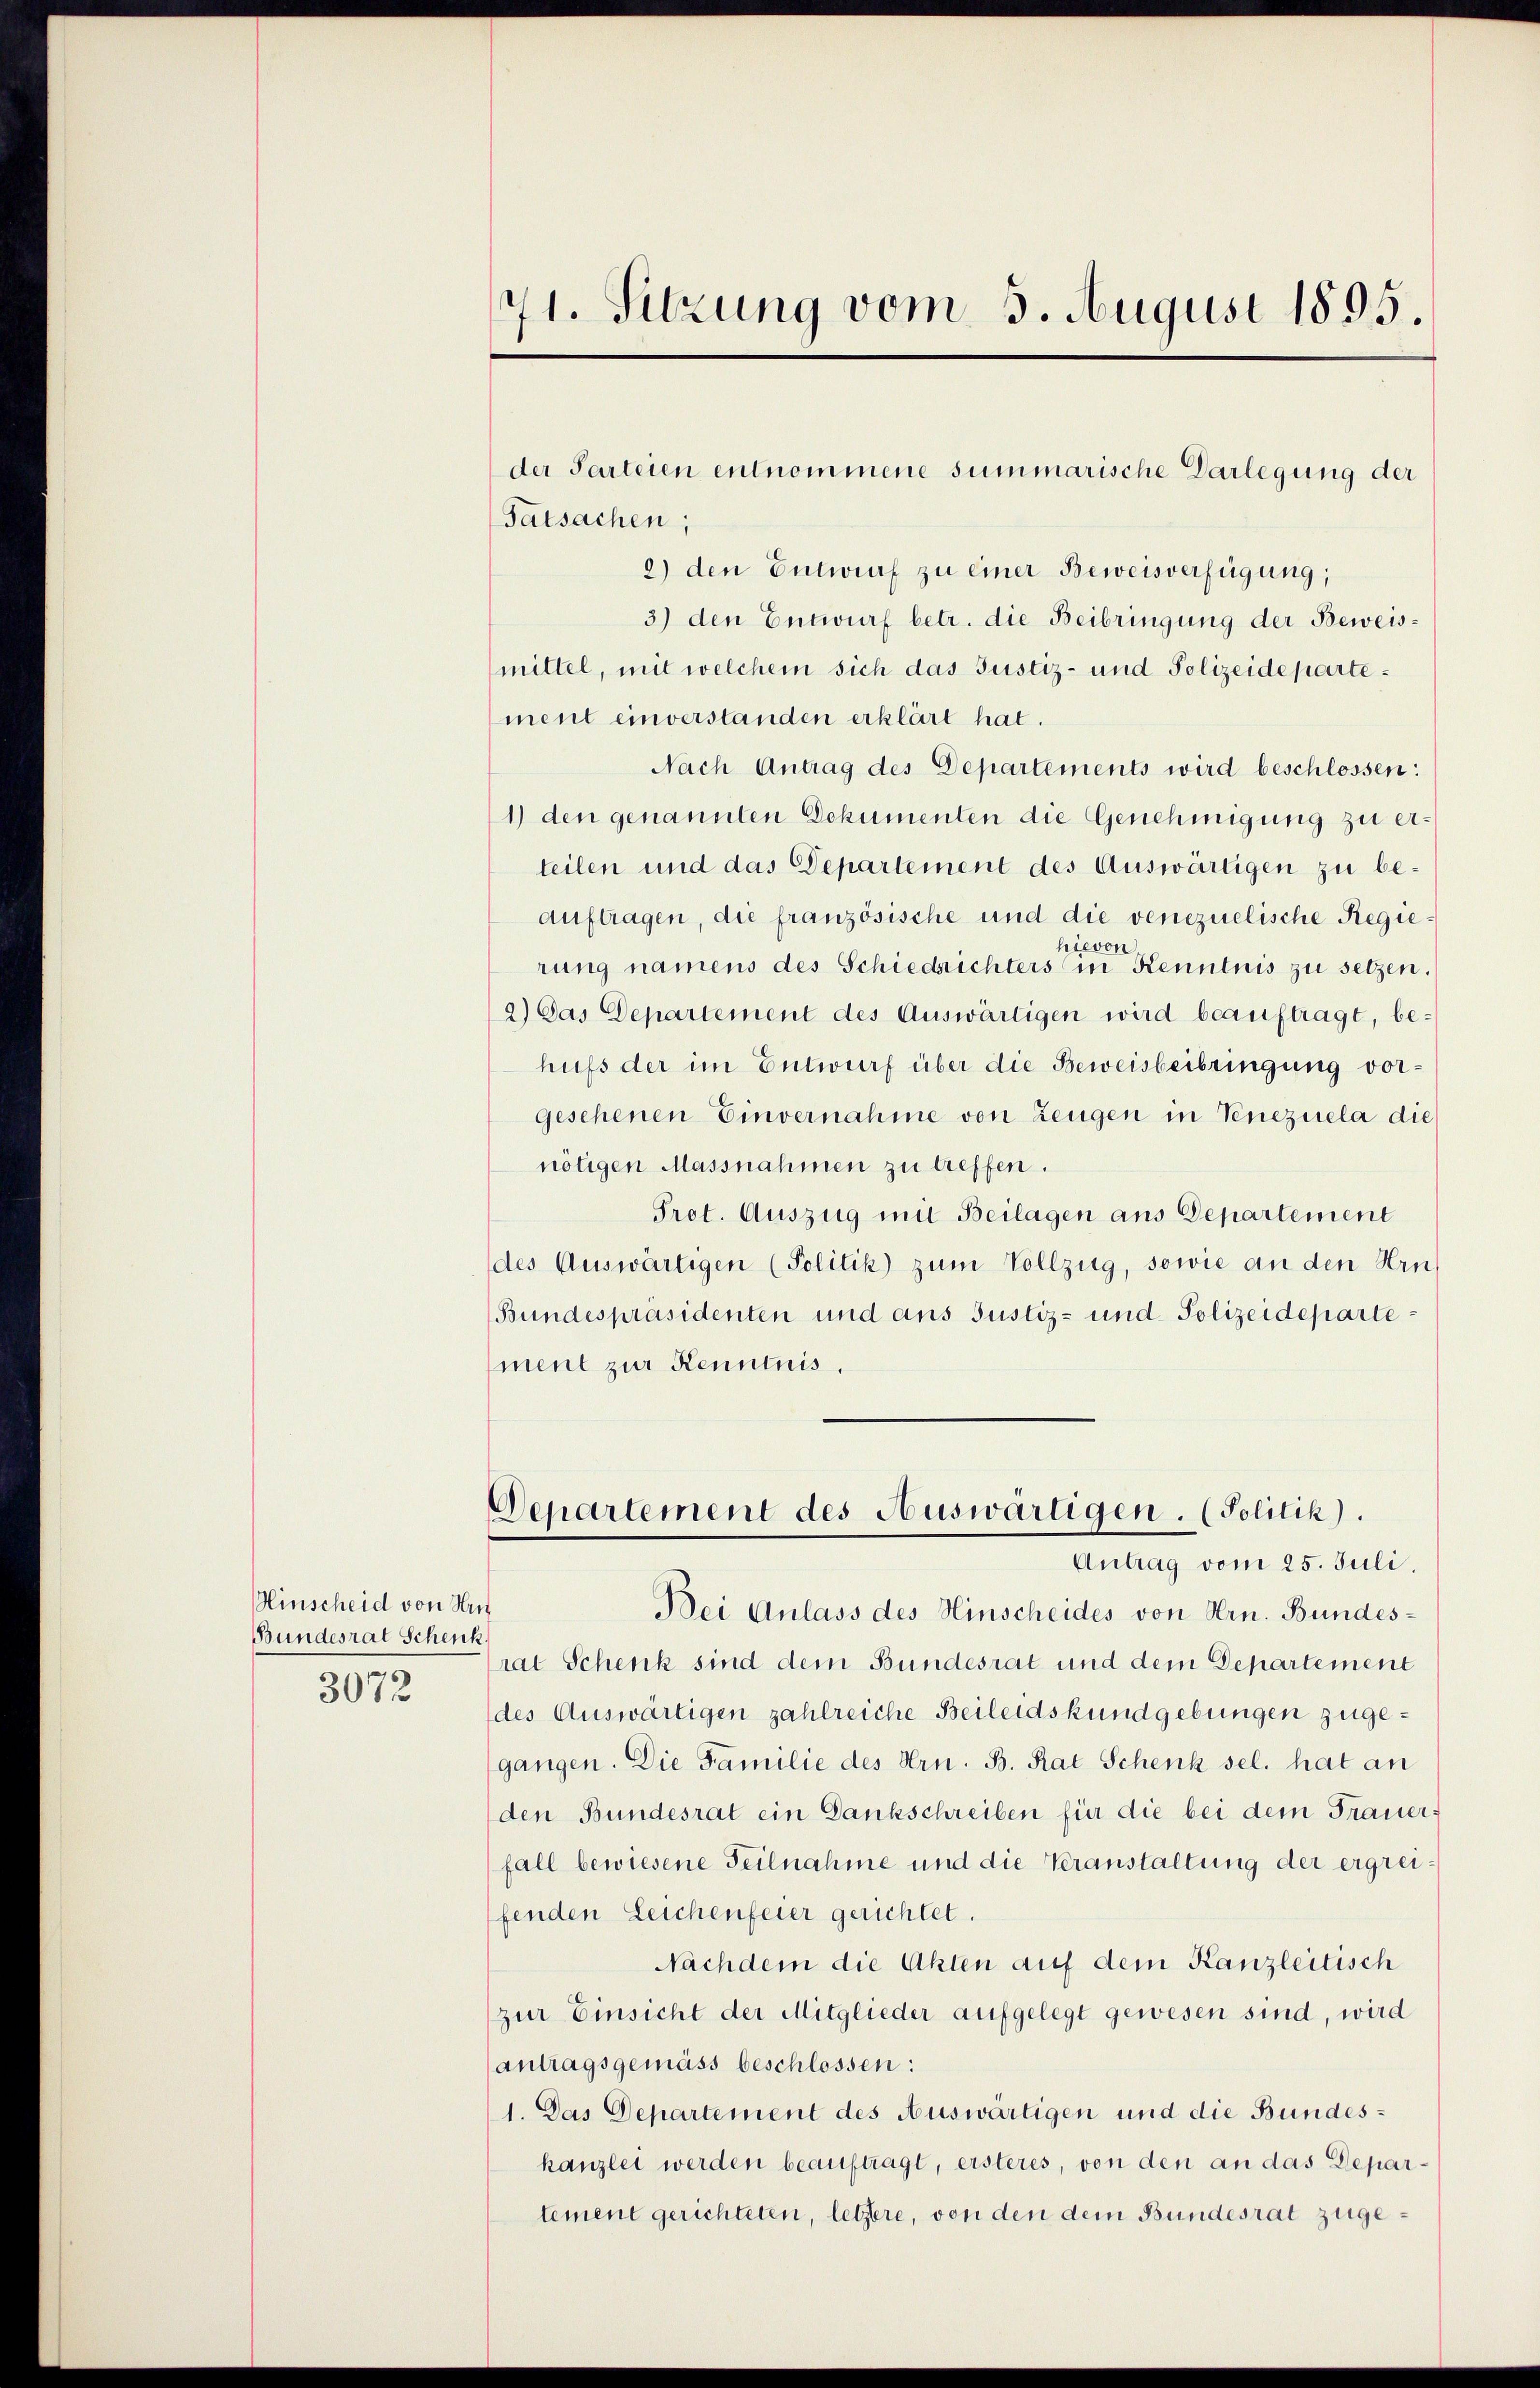
Hinscheid von Hrn
Bundesrat Schenk
3072

71. Sitzung vom 5. August 1895.

Tatsachen;
2) den Entwurf zu einer Beweisverfügung,
3) den Entwurf betr. die Beibringung der Beweismittel, mit welchem sich das Justiz- und Polizeidepartement einverstanden erklärt hat.
Nach Antrag des Departements wird beschlossen:
1) den genannten Dokumenten die Genehmigung zu erteilen und das Departement des Auswärtigen zu beauftragen, die französische und die venezuelische Regiehievon
rung namens des Schiedrichters in Kenntnis zu setzen.
2.) Das Departement des Auswärtigen wird beauftragt, behufs der im Entwurf über die Beweisbeibringung vorgesehenen Einvernahme von Zeugen in Venezuela die
nötigen Massnahmen zu treffen.
Prot. Auszug mit Beilagen aus Departement
des Auswärtigen (Politik) zum Vollzug, sowie an den Hrn
Bundespräsidenten und ans Justiz- und Polizeideparte:
ment zur Kenntnis.

der Parteien entnommene summarische Darlegung der

Departement des Auswärtigen. (Politik).
Antrag vom 25. Juli.

Bei Anlass des Hinscheides von Hrn. Bundesrat Schenk sind dem Bundesrat und dem Departement
des Auswärtigen zahlreiche Beileidskundgebungen zugegangen. Die Familie des Hrn. B. Rat Schenk sel. hat an
den Bundesrat ein Dankschreiben für die bei dem Frauerfall bewiesene Teilnahme und die Veranstaltung der ergrei
fenden Leichenfeier gerichtet.
Nachdem die Akten auf dem Kanzleitisch
zur Einsicht der Mitglieder aufgelegt gewesen sind, wird
antragsgemäss beschlossen:
1. Das Departement des Auswärtigen und die Bundeskanzlei werden beauftragt, ersteres, von den an das Departement gerichteten, letztere, von den dem Bundesrat zuge¬